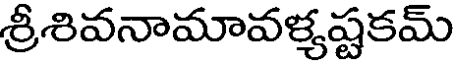
శ్రీశివనామావళ్యష్టకమ్